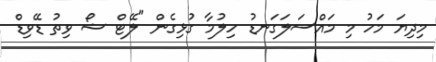
މިދިޔަ މަހު މި މައްސަލަގަނޑު ހިލުމާ ގުޅިގެން "ލޭޓް ޝޯ ވިތު ޑޭވިޑް